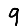
Digit: 9